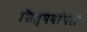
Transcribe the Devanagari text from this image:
शिल्पपरंपरा